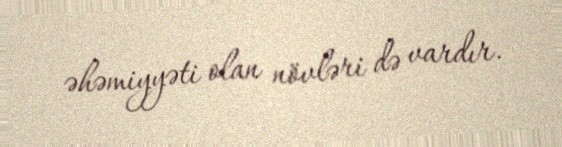
əhəmiyyəti olan növləri də vardır.